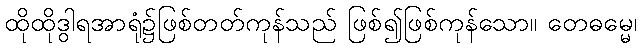
ထိုထိုဒွါရအာရုံ၌ဖြစ်တတ်ကုန်သည် ဖြစ်၍ဖြစ်ကုန်သော။ တေဓမ္မေ၊